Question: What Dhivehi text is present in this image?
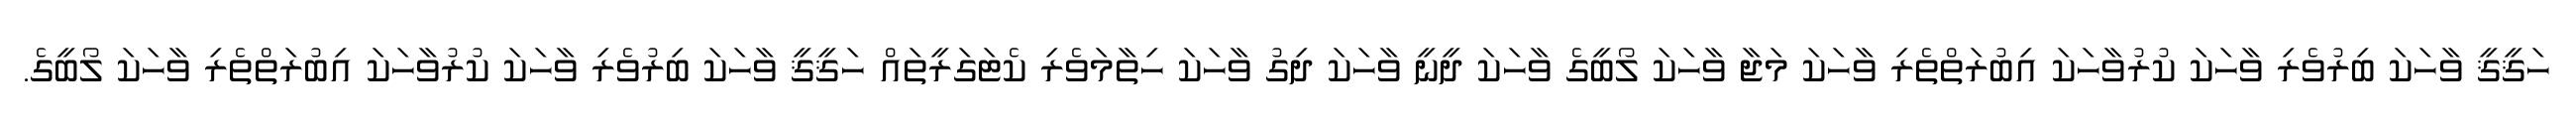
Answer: ހަޤީޤީ ވާހަކަ ބިރުވެރި ވާހަކަ ކުރުވާހަކަ އިބުރަތްތެރި ވާހަކަ މަޖާ ވާހަކަ ލޯބީގެ ވާހަކަ ދީނީ ވާހަކަ ދިގު ވާހަކަ ހިތާމަވެރި ކެޓަގަރީތައް ހަޤީޤީ ވާހަކަ ބިރުވެރި ވާހަކަ ކުރުވާހަކަ އިބުރަތްތެރި ވާހަކަ ލޯބީގެ.